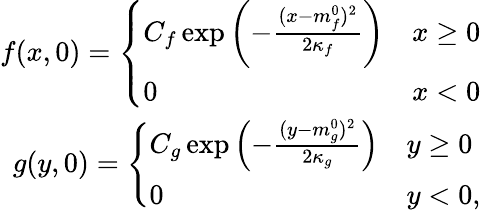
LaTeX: \begin{array}{r}{f(x,0)=\left\{ \begin{array}{ll}{C_{f}\exp\left(-\frac{(x-m_{f}^{0})^{2}}{2\kappa_{f}}\right)}&{x\ge 0}\\ {0}&{x<0}\end{array}\right.}\\ {g(y,0)=\left\{ \begin{array}{ll}{C_{g}\exp\left(-\frac{(y-m_{g}^{0})^{2}}{2\kappa_{g}}\right)}&{y\ge 0}\\ {0}&{y<0,}\end{array}\right.}\end{array}